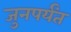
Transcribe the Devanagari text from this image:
जुनपर्यंत